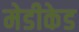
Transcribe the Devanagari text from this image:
मेडीकेड